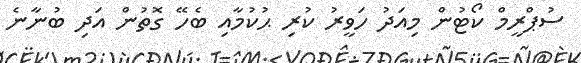
ސުޕްރީމް ކޯޓުން މިއަދު ހަވީރު ކުރި ޙުކުމާއި ބެހޭ ގޮތުން އަދި ބުނާނެ